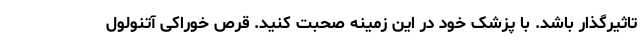
تاثیرگذار باشد. با پزشک خود در این زمینه صحبت کنید. قرص خوراکی آتنولول